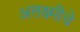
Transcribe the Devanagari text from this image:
अलक्ष्मीचे